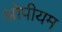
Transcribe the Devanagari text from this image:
ओपीयम